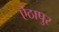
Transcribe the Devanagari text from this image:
ऐंठापुर